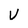
Character: V